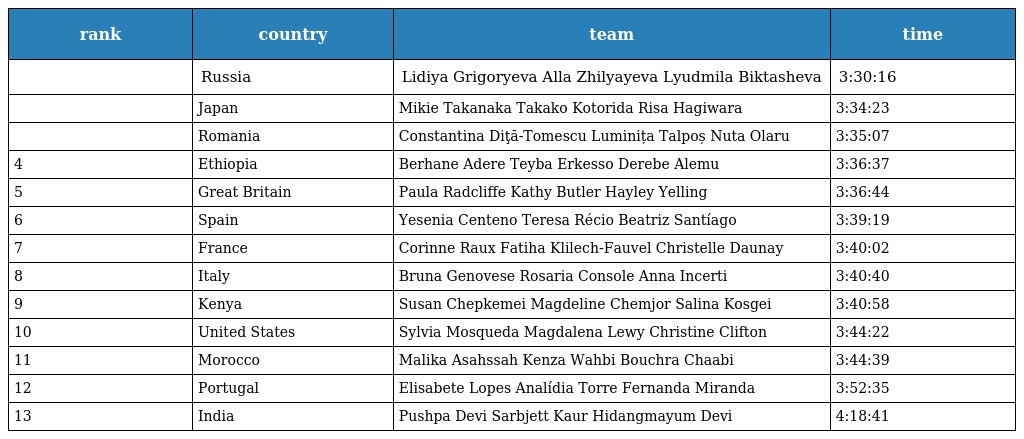
| rank | country | team | time |
 | --- | --- | --- | --- |
 |  | Russia | Lidiya Grigoryeva Alla Zhilyayeva Lyudmila Biktasheva | 3:30:16 |
 |  | Japan | Mikie Takanaka Takako Kotorida Risa Hagiwara | 3:34:23 |
 |  | Romania | Constantina Diţă-Tomescu Luminița Talpoș Nuta Olaru | 3:35:07 |
 | 4 | Ethiopia | Berhane Adere Teyba Erkesso Derebe Alemu | 3:36:37 |
 | 5 | Great Britain | Paula Radcliffe Kathy Butler Hayley Yelling | 3:36:44 |
 | 6 | Spain | Yesenia Centeno Teresa Récio Beatriz Santíago | 3:39:19 |
 | 7 | France | Corinne Raux Fatiha Klilech-Fauvel Christelle Daunay | 3:40:02 |
 | 8 | Italy | Bruna Genovese Rosaria Console Anna Incerti | 3:40:40 |
 | 9 | Kenya | Susan Chepkemei Magdeline Chemjor Salina Kosgei | 3:40:58 |
 | 10 | United States | Sylvia Mosqueda Magdalena Lewy Christine Clifton | 3:44:22 |
 | 11 | Morocco | Malika Asahssah Kenza Wahbi Bouchra Chaabi | 3:44:39 |
 | 12 | Portugal | Elisabete Lopes Analídia Torre Fernanda Miranda | 3:52:35 |
 | 13 | India | Pushpa Devi Sarbjett Kaur Hidangmayum Devi | 4:18:41 |